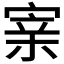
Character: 𡩁